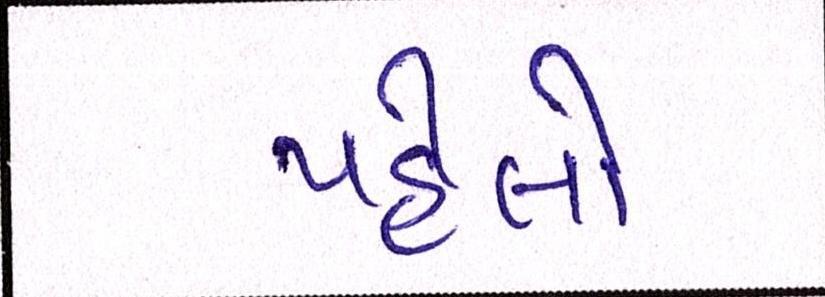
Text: પહેલો